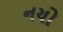
નયો